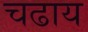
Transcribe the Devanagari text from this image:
चढाय